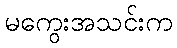
မကွေးအသင်းက